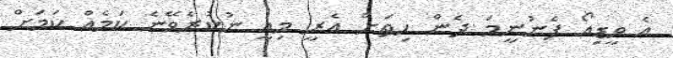
އެ ވީޑިއޯ ފެނުނީމަ ދެން ހިތަށް އެރީ މިއީ ނުކުރެވޭނެ ކަމެއް ކަމަށް